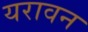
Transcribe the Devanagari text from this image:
यरावन